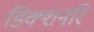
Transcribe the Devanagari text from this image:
डिक्शनरि